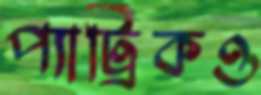
প্যাট্রিকও